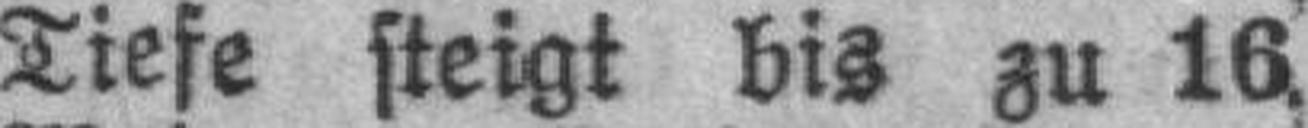
Tiefe steigt bis zu 16.